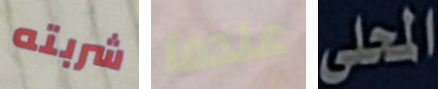
شربته عندما المحلى